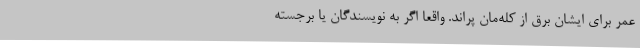
عمر برای ایشان برق از کله‌مان پراند. واقعا اگر به نویسندگان یا برجسته